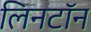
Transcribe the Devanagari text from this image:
लिनटॉन